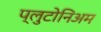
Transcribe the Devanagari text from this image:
प्लुटोनिअम